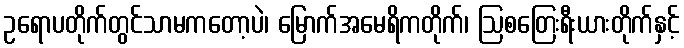
ဥရောပတိုက်တွင်သာမကတော့ပဲ၊ မြောက်အမေရိကတိုက်၊ ဩစတြေးရီးယားတိုက်နှင့်